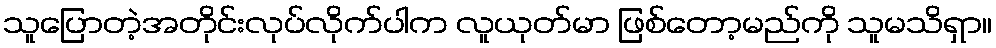
သူပြောတဲ့အတိုင်းလုပ်လိုက်ပါက လူယုတ်မာ ဖြစ်တော့မည်ကို သူမသိရှာ။